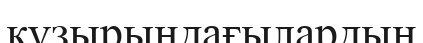
құзырындағылардың